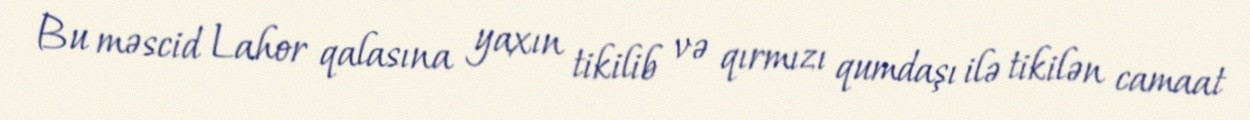
Bu məscid Lahor qalasına yaxın tikilib və qırmızı qumdaşı ilə tikilən camaat